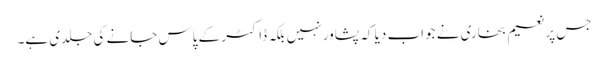
جس پر نعیم بخاری نے جواب دیا کہ پشاور نہیں بلکہ ڈاکٹر کے پاس جانے کی جلدی ہے۔